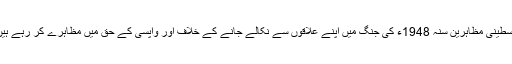
فلسطینی مظاہرین سنہ 1948ء کی جنگ میں اپنے علاقوں سے نکالے جانے کے خلاف اور واپسی کے حق میں مظاہرے کر رہے ہیں۔